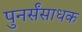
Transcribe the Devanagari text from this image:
पुनर्संसाधक